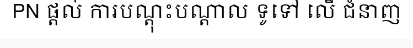
PN ផ្តល់ ការបណ្តុះបណ្តាល ទូទៅ លើ ជំនាញ